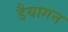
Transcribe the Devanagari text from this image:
डैयागन